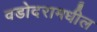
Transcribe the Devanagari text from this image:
वडोदरामधील